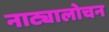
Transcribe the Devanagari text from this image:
नाट्यालोचन